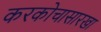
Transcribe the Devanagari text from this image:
करकोचासारखा